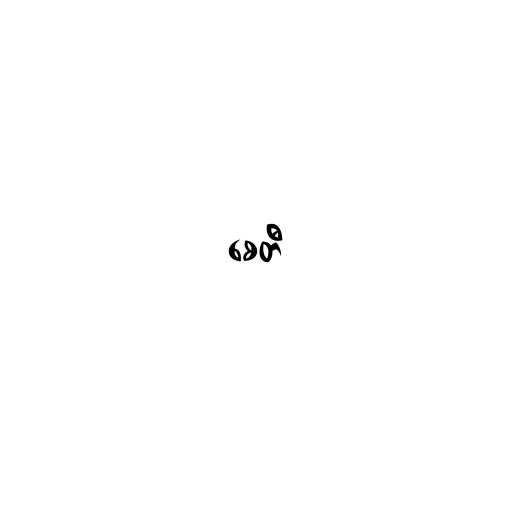
စေတီ